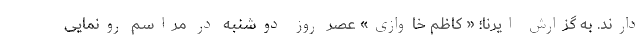
دارند. به گزارش ایرنا؛ « کاظم خاوازی» عصر روز دوشنبه در مراسم رونمایی